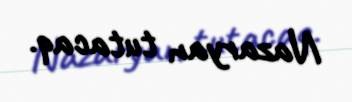
Nazaryan tutacaq.